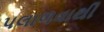
પલાળવાથી